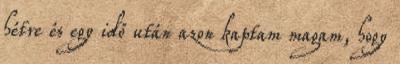
hétre és egy idő után azon kaptam magam, hogy